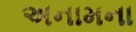
અનામના